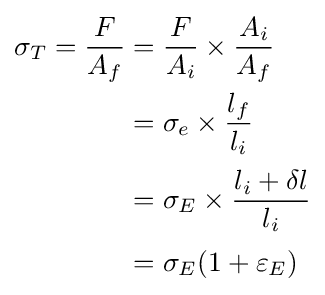
{\begin{aligned}\sigma _{T}={\frac {F}{A_{f}}}&={\frac {F}{A_{i}}}\times {\frac {A_{i}}{A_{f}}}\\&=\sigma _{e}\times {\frac {l_{f}}{l_{i}}}\\[2pt]&=\sigma _{E}\times {\frac {l_{i}+\delta l}{l_{i}}}\\[2pt]&=\sigma _{E}(1+\varepsilon _{E})\end{aligned}}